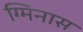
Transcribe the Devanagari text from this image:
ग्मिनास